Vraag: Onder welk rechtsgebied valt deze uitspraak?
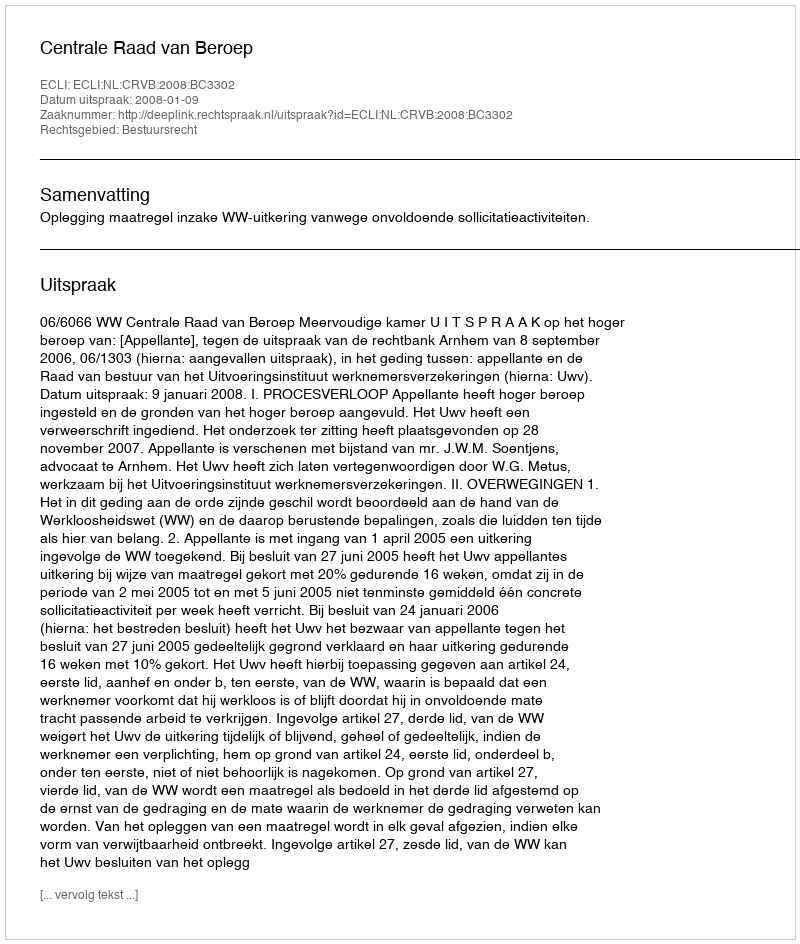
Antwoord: Bestuursrecht